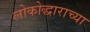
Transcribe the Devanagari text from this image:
लोकोद्धाराच्या